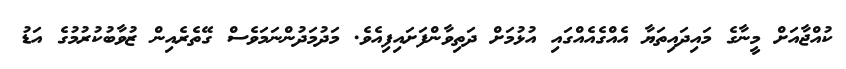
ކުއްޖާއަށް މީނާގެ މައިދައިތަޔާ އެއްގެއެއްގައި އުޅުމަށް ދަތިވާންފަށައިފިއެވެ. މަދުމަދުންނަމަވެސް ގޭތެރެއިން ޒުވާބުކުރުމުގެ އަޑު